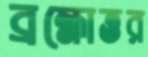
ব্রহ্মোত্তর